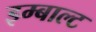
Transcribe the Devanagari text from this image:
इम्बाल्ट